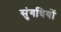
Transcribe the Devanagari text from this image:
सुंगधियों